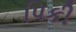
પિકી